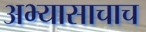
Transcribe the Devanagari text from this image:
अभ्यासाचाच